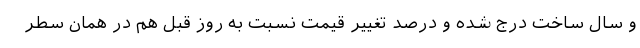
و سال ساخت درج شده و درصد تغییر قیمت نسبت به روز قبل هم در همان سطر